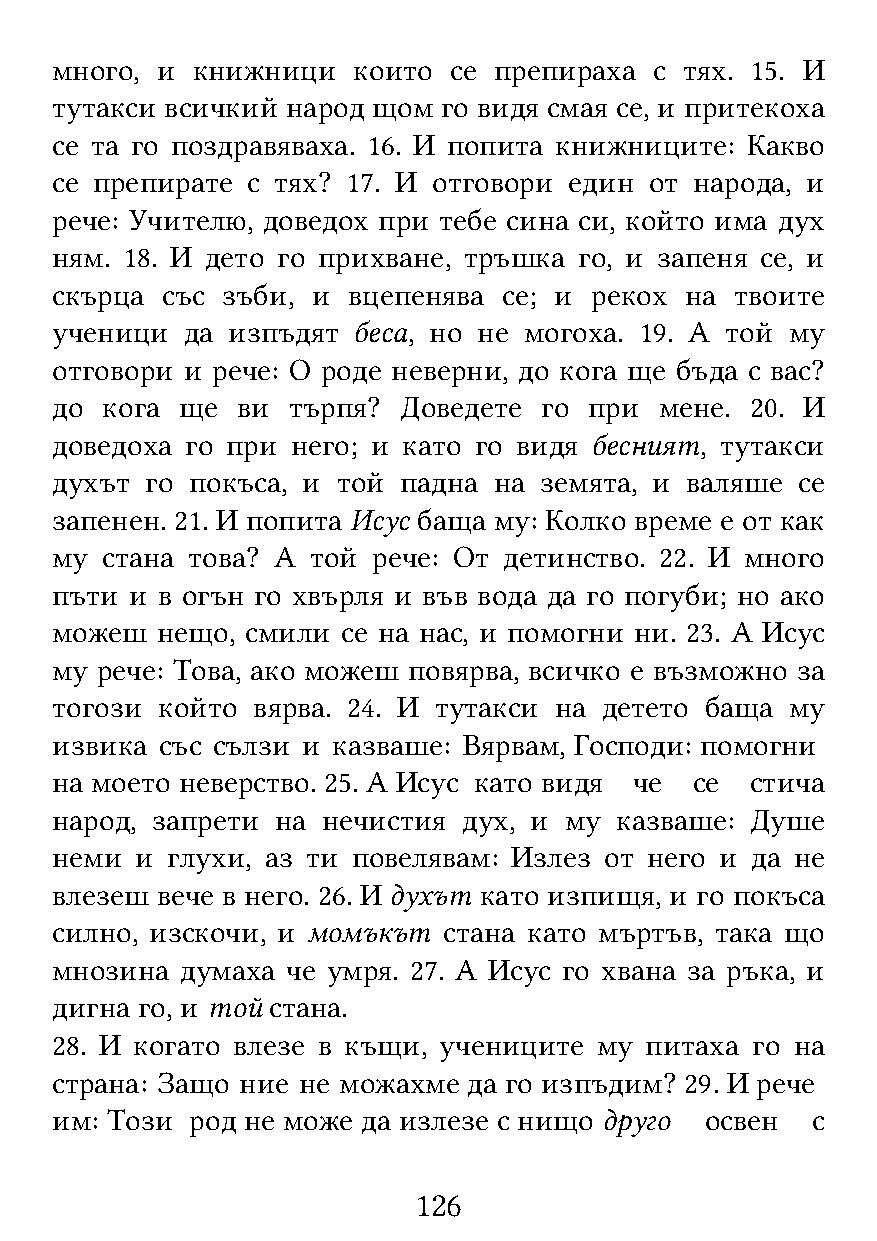
много, и  книжници  които  се препираха с тях. 15. И
 тутакси всичкий народ щом го видя смая се, и притекоха
 се та го поздравяваха. 16. И попита книжниците: Какво
 се препирате с тях? 17. И отговори един от народа, и
 рече: Учителю, доведох при тебе сина си, който има дух
 ням. 18. И дето го прихване, тръшка го, и запеня се, и
 скърца  със зъби, и вцепенява се; и рекох на  твоите
 ученици  да изпъдят беса, но не могоха. 19. А той му
 отговори и рече: О роде неверни, до кога ще бъда с вас?
 до  кога ще  ви търпя? Доведете  го при  мене. 20. И
 доведоха го при него; и като го видя бесният, тутакси
 духът  го покъса, и той падна на земята, и валяше се
 запенен. 21. И попита Исус баща му: Колко време е от как
 му  стана това? А той рече: От детинство. 22. И много
 пъти  и в огън го хвърля и във вода да го погуби; но ако
 можеш  нещо, смили  се на нас, и помогни ни. 23. А Исус
 му рече: Това, ако можеш повярва, всичко е възможно за
 тогози който  вярва. 24. И тутакси на детето баща му
 извика  със сълзи и казваше: Вярвам, Господи: помогни
 на моето неверство. 25. А Исус като видя че се стича
 народ, запрети на нечистия  дух, и му казваше: Душе
 неми  и глухи, аз ти повелявам: Излез от него и да не
 влезеш вече в него. 26. И духът като изпищя, и го покъса
 силно, изскочи, и момъкът стана като мъртъв, така що
 мнозина  думаха че умря. 27. А Исус го хвана за ръка, и
 дигна го, и той стана.
 28. И когато влезе в къщи, учениците му питаха го на
 страна: Защо ние не можахме да го изпъдим? 29. И рече
 им: Този  род не може да излезе с нищо друго освен с
 126